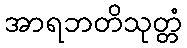
အာရဘတိသုတ္တံ